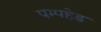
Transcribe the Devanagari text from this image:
पम्पहेड